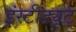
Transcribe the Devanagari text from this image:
इंस्टीट्यूट्